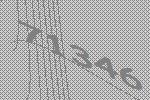
71346